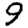
Digit: 9